Scottish Leaving Certificate Examination, 1955
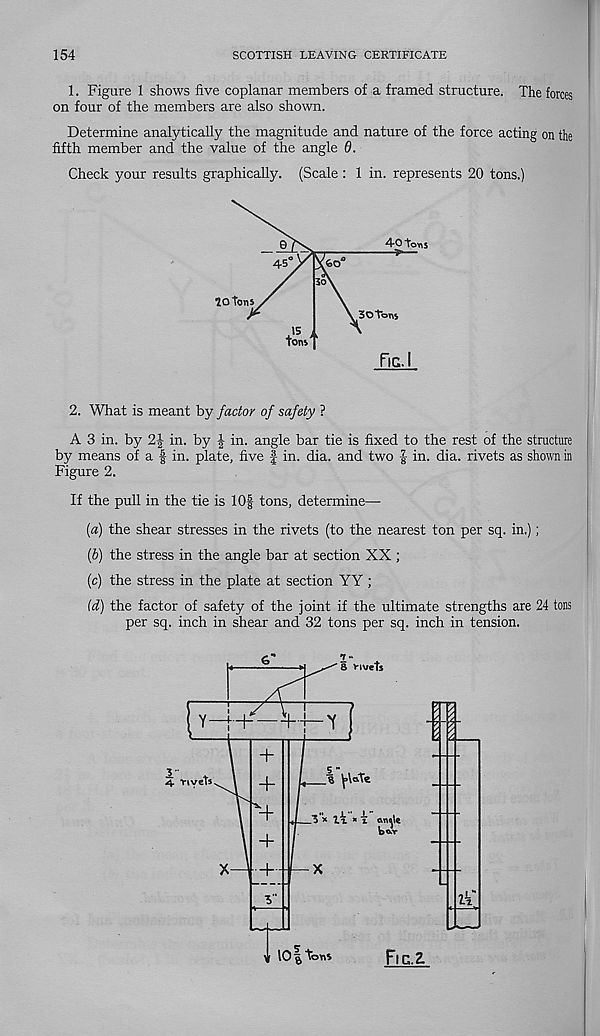
154
SCOTTISH LEAVING CERTIFICATE
1. Figure 1 shows five coplanar members of a framed structure. The forces
on four of the members are also shown.
Determine analytically the magnitude and nature of the force acting on the
fifth member and the value of the angle 0.
Check your results graphically. (Scale : 1 in. represents 20 tons.)
4-0 tons
60
45
30
30 Tons
15 ,
tons'
FlC.
10 tons
2. What is meant by factor of safety ?
A 3 in. by 2| in. by | in. angle bar tie is fixed to the rest of the structure
by means of a f in. plate, five | in. dia. and two | in. dia. rivets as shown in
Figure 2.
If the pull in the tie is 10f tons, determine—•
{a) the shear stresses in the rivets (to the nearest ton per sq. in.);
(b) the stress in the angle bar at section XX ;
(c) the stress in the plate at section YY ;
(d) the factor of safety of the joint if the ultimate strengths are 24 tons
per sq. inch in shear and 32 tons per sq. inch in tension.
6"
8 Vi vet*
Y-f+—Vj-'f
+
3 "
% y\a.Te
rivets
+
+
- L" JL" i
.3 * tx * i ono\e
ik
V 10 a tons
Fic.z